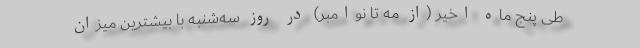
طی پنج ماه اخیر (از مه تا نوامبر) در روز سه‌شنبه با بیشترین میزان